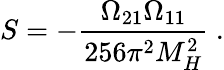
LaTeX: S=-\frac{\Omega_{21}\Omega_{11}}{256\pi^{2}M_{H}^{2}}\ .